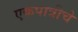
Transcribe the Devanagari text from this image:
एकपात्रीचे